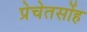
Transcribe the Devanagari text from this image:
प्रेचेतसोंह